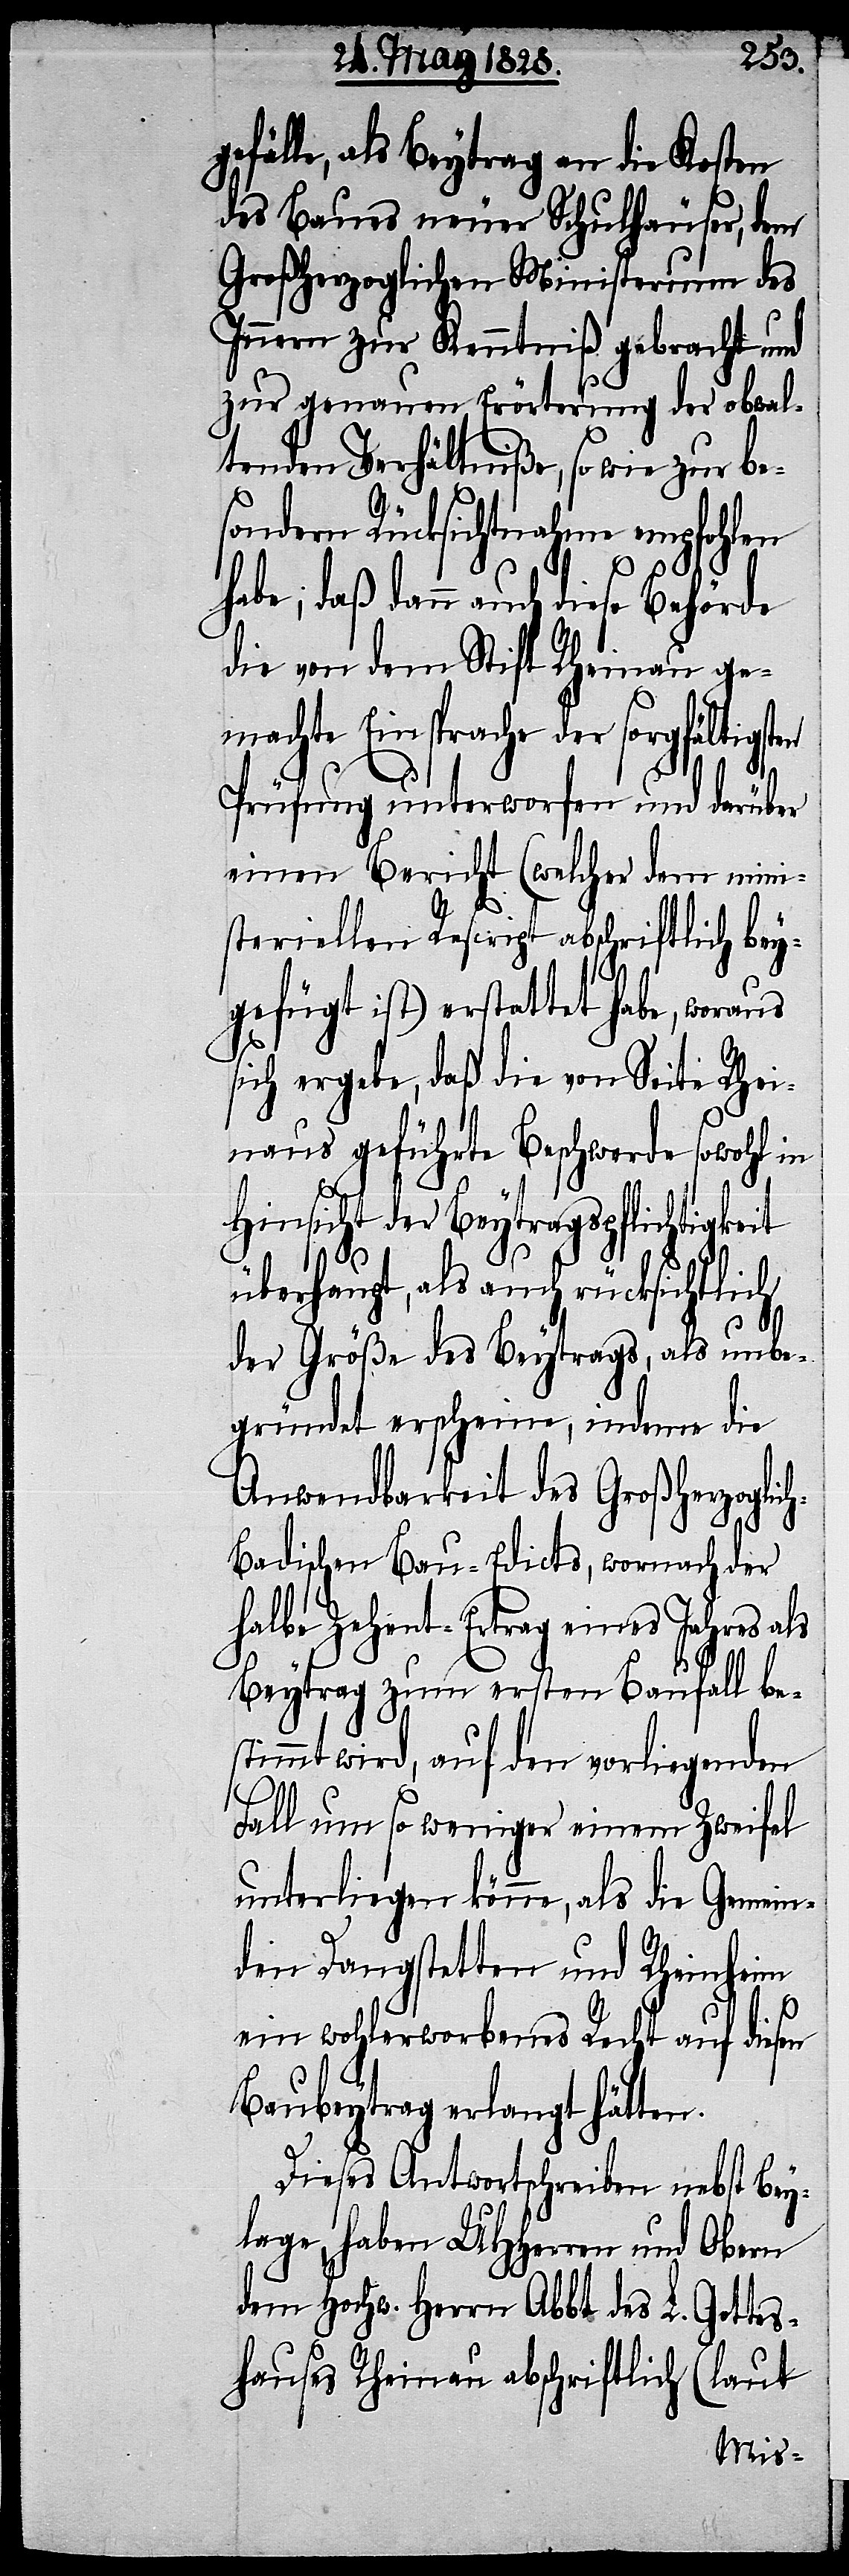
efälle, als Beytrag an die Kosten
des Baues neuer Schulhäuser, dem
Großherzoglichen Ministerium des
Innern zur Kenntniß gebracht und
zur genauen Erörterung der obwal¬
tenden Verhältniße, so wie zur be¬
sondern Rücksichtnahme empfohlen
habe; daß dann auch diese Behörde
die von dem Stift Rheinau ge¬
machte Einsprache der sorgfältigst¬
Prüfung unterworfen und darüber
einen Bericht (welcher dem mini¬
steriellen Rescript abschriftlich bey¬
gefügt ist) erstattet habe, woraus
sich ergebe, daß die von Seite Rhei¬
naus geführte Beschwerde sowohl in
Hinsicht der Beytragspflichtigkeit
überhaupt, als auch rücksichtlich
der Größe des Beytrags, als unbe¬
gründet erscheine, indeme die
Anwendbarkeit des Großherzoglic¬
h-Badischen Bau-Edicts, wornach der
halbe Zehent-Ertrag eines Jahres als
Beytrag zum ersten Baufall be¬
stimmt wird, auf den vorliegenden
Fall um so weniger einem Zweifel
unterliegen könne, als die Gemein¬
den Dangstetten und Rheinheim
en
ein wohlerworbenes Recht auf diesen
Baubeytrag erlangt hätten.
Dieses Antwortschreiben nebst Bey¬
lage, haben UHHerren und Obern
dem Hochw. Herrn Abbt des L. Gottes¬
hauses Rheinau abschriftlich (laut